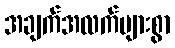
အချက်အလက်များစွာ